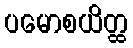
ပမောစယိတ္ထ